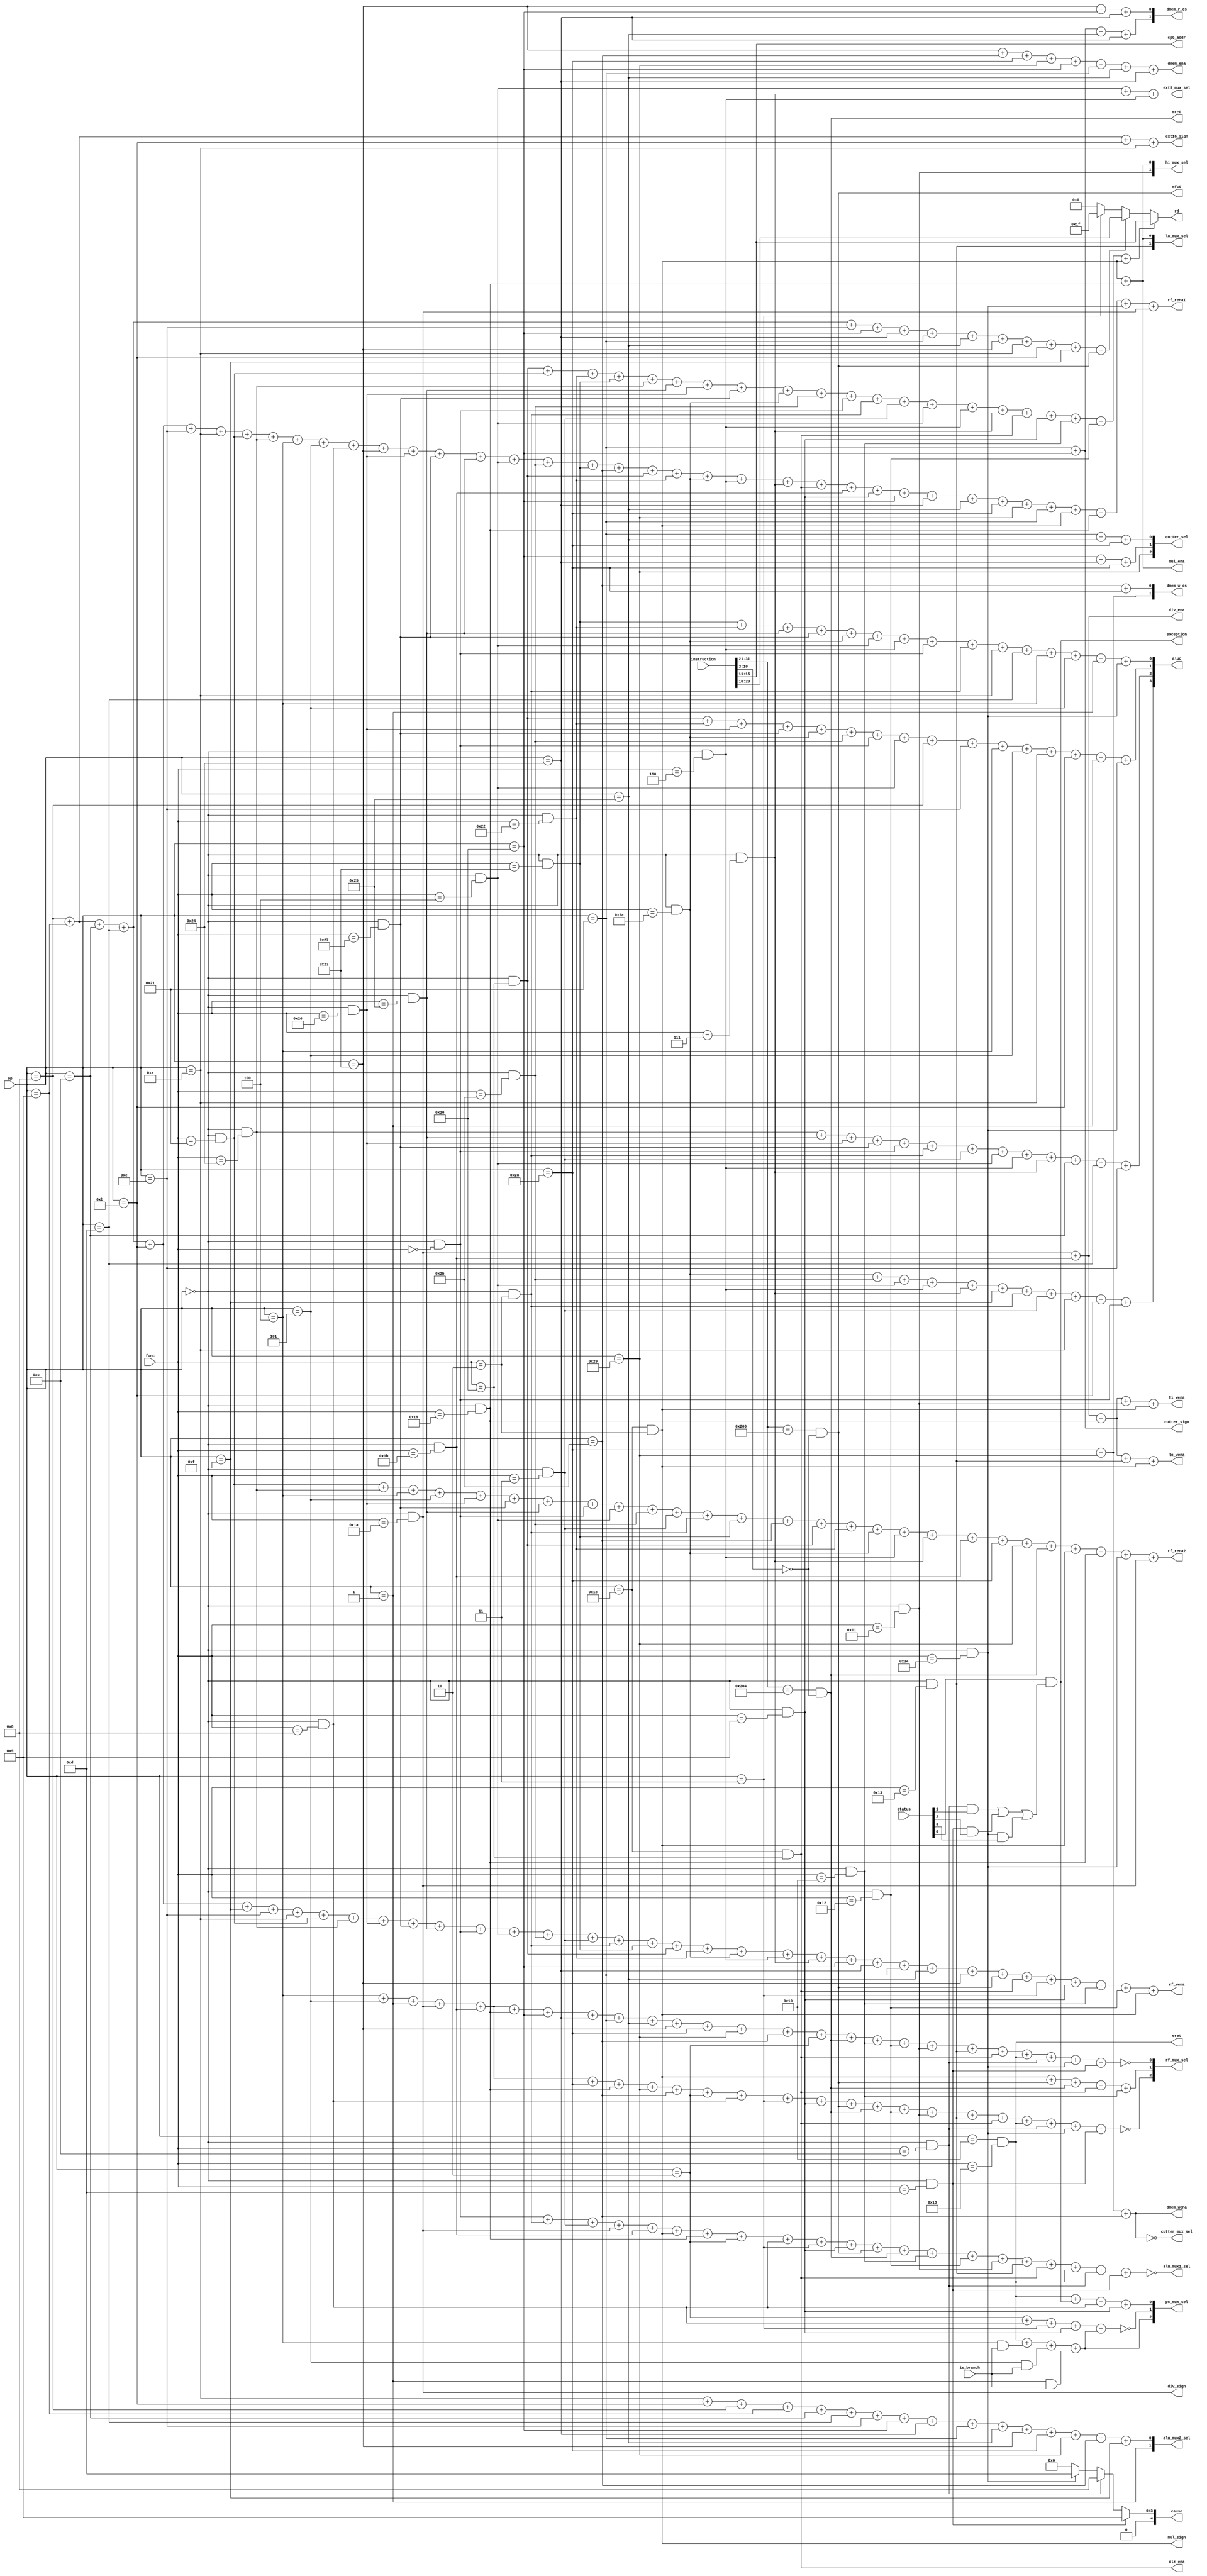
///////////////////////////////////////////////////////////////////////////////
// Type: Module
// Project: MIPS Pipeline CPU 54 Instructions
// Description: Control unit in the cpu
//
///////////////////////////////////////////////////////////////////////////////
`timescale 1ns / 1ps

module control_unit(
    input is_branch,
    input [31:0] instruction,
    input [5:0] op,
    input [5:0] func,
    input [31:0] status,   
    output rf_wena,     
    output hi_wena,
    output lo_wena,
    output dmem_wena, 
    output rf_rena1,
    output rf_rena2,
    output clz_ena,
    output mul_ena,
    output div_ena,
    output dmem_ena,
    output [1:0] dmem_w_cs,
    output [1:0] dmem_r_cs,
    output ext16_sign,
    output cutter_sign,
    output mul_sign,
    output div_sign,
    output [3:0] aluc,
    output [4:0] rd,
    output mfc0,
    output mtc0,
    output eret,
    output exception,
    output [4:0] cp0_addr,
    output [4:0] cause,
    output ext5_mux_sel,
    output cutter_mux_sel,
    output alu_mux1_sel,       
    output [1:0] alu_mux2_sel,
    output [1:0] hi_mux_sel,
    output [1:0] lo_mux_sel,
    output [2:0] cutter_sel,
    output [2:0] rf_mux_sel,
    output [2:0] pc_mux_sel
    );

    wire Addi = (op == 6'b001000);
    wire Addiu = (op == 6'b001001);
    wire Andi = (op == 6'b001100);
    wire Ori = (op == 6'b001101);
    wire Sltiu = (op == 6'b001011);
    wire Lui = (op == 6'b001111);
    wire Xori = (op == 6'b001110);
    wire Slti = (op == 6'b001010);
    wire Addu = (op == 6'b000000 && func==6'b100001);
    wire And = (op == 6'b000000 && func == 6'b100100);
    wire Beq = (op == 6'b000100);
    wire Bne = (op == 6'b000101);
    wire J = (op == 6'b000010);
    wire Jal = (op == 6'b000011);
    wire Jr = (op == 6'b000000 && func == 6'b001000);
    wire Lw = (op == 6'b100011);
    wire Xor = (op == 6'b000000 && func == 6'b100110);
    wire Nor = (op == 6'b000000 && func == 6'b100111);
    wire Or = (op == 6'b000000 && func == 6'b100101);
    wire Sll = (op == 6'b000000 && func == 6'b000000);
    wire Sllv = (op == 6'b000000 && func == 6'b000100);
    wire Sltu = (op == 6'b000000 && func == 6'b101011);
    wire Sra = (op == 6'b000000 && func == 6'b000011);
    wire Srl = (op == 6'b000000 && func == 6'b000010);
    wire Subu = (op == 6'b000000 && func == 6'b100011);
    wire Sw = (op == 6'b101011);
    wire Add = (op == 6'b000000 && func == 6'b100000);
    wire Sub = (op == 6'b000000 && func == 6'b100010);
    wire Slt = (op == 6'b000000 && func == 6'b101010);
    wire Srlv = (op == 6'b000000 && func == 6'b000110);
    wire Srav = (op == 6'b000000 && func == 6'b000111);
    
    wire Clz = (op == 6'b011100 && func == 6'b100000);
    wire Divu = (op == 6'b000000 && func == 6'b011011);
    wire Eret = (op == 6'b010000 && func == 6'b011000);
    wire Jalr = (op == 6'b000000 && func == 6'b001001);
    wire Lb = (op == 6'b100000);
    wire Lbu = (op == 6'b100100);
    wire Lhu = (op == 6'b100101);
    wire Sb = (op == 6'b101000);
    wire Sh = (op == 6'b101001);
    wire Lh = (op == 6'b100001);
    wire Mfc0 = (instruction[31:21] == 11'b01000000000 && instruction[10:3]==8'b00000000);
    wire Mfhi = (op == 6'b000000 && func == 6'b010000);
    wire Mflo = (op == 6'b000000 && func == 6'b010010);
    wire Mtc0 = (instruction[31:21] == 11'b01000000100 && instruction[10:3]==8'b00000000);
    wire Mthi = (op == 6'b000000 && func == 6'b010001);
    wire Mtlo = (op == 6'b000000 && func == 6'b010011);
    wire Mul = (op == 6'b011100 && func == 6'b000010);
    wire Multu = (op == 6'b000000 && func == 6'b011001);
    wire Syscall = (op == 6'b000000 && func== 6'b001100);
    wire Teq = (op == 6'b000000 && func == 6'b110100);
    wire Bgez = (op == 6'b000001);
    wire Break = (op == 6'b000000 && func == 6'b001101);
    wire Div = (op == 6'b000000 && func == 6'b011010);

    assign rf_rena1 = Addi+Addiu+Andi+Ori+Sltiu+Xori+Slti+Addu+And+Beq+Bne+Jr+Lw+Xor+Nor+Or+Sllv+Sltu+Subu+Sw+Add+Sub+Slt+Srlv+Srav+Clz+Divu+Jalr+Lb+Lbu+Lhu+Sb+Sh+Lh+Mul+Multu+Teq+Div;
    assign rf_rena2 = Addu+And+Beq+Bne+Xor+Nor+Or+Sll+Sllv+Sltu+Sra+Srl+Subu+Sw+Add+Sub+Slt+Srlv+Srav+Divu+Sb+Sh+Mtc0+Mul+Multu+Teq+Div;

    assign hi_wena = Div+Divu+Multu+Mthi+Mul;
    assign lo_wena = Div+Divu+Multu+Mtlo+Mul;
    assign rf_wena = Addi+Addiu+Andi+Ori+Sltiu+Lui+Xori+Slti+Addu+And+Xor+Nor+Or+Sll+Sllv+Sltu+Sra+Srl+Subu+Add+Sub+Slt+Srlv+Srav+Lb+Lbu+Lh+Lhu+Lw+Mfc0+Clz+Jal+Jalr+Mfhi+Mflo+Mul;
    assign clz_ena = Clz;
    assign mul_ena = Mul+Multu;
    assign div_ena = Div+Divu;                                     

    assign dmem_wena = Sb+Sh+Sw;
    assign dmem_ena = Lw+Sw+Sb+Sh+Lb+Lh+Lhu+Lbu;
    assign dmem_w_cs[1] = Sh+Sb;
    assign dmem_w_cs[0] = Sw+Sb;
    assign dmem_r_cs[1] = Lh+Lb+Lhu+Lbu;
    assign dmem_r_cs[0] = Lw+Lb+Lbu;     

    assign cutter_sign = Lb+Lh;
    assign mul_sign = Mul;
    assign div_sign = Div;
    assign ext16_sign = Addi+Addiu+Sltiu+Slti;
    
    assign ext5_mux_sel = Sllv+Srav+Srlv;

    assign alu_mux1_sel = ~(Sll+Srl+Sra+Div+Divu+Mul+Multu+J+Jr+Jal+Jalr+Mfc0+Mtc0+Mfhi+Mflo+Mthi+Mtlo+Clz+Eret+Syscall+Break);
    assign alu_mux2_sel[1] = Bgez;
    assign alu_mux2_sel[0] = Slti+Sltiu+Addi+Addiu+Andi+Ori+Xori+Lb+Lbu+Lh+Lhu+Lw+Sb+Sh+Sw+Lui;

    assign aluc[3] = Slt+Sltu+Sllv+Srlv+Srav+Lui+Srl+Sra+Slti+Sltiu+Sll;
    assign aluc[2] = And+Or+Xor+Nor+Sll+Srl+Sra+Sllv+Srlv+Srav+Andi+Ori+Xori;
    assign aluc[1] = Add+Sub+Xor+Nor+Slt+Sltu+Sll+Sllv+Addi+Xori+Beq+Bne+Slti+Sltiu+Bgez+Teq;
    assign aluc[0] = Subu+Sub+Or+Nor+Slt+Sllv+Srlv+Sll+Srl+Slti+Ori+Beq+Bne+Bgez+Teq;
    
    assign cutter_mux_sel = ~(Sb+Sh+Sw);
    assign cutter_sel[2] = Sh;
    assign cutter_sel[1] = Lb+Lbu+Sb;
    assign cutter_sel[0] = Lh+Lhu+Sb;

    assign rf_mux_sel[2] = ~(Beq+Bne+Bgez+Div+Divu+Sb+Multu+Sh+Sw+J+Jr+Jal+Jalr+Mfc0+Mtc0+Mflo+Mthi+Mtlo+Clz+Eret+Syscall+Teq+Break);
    assign rf_mux_sel[1] = Mul+Mfc0+Mtc0+Clz+Mfhi;
    assign rf_mux_sel[0] = ~(Beq+Bne+Bgez+Div+Divu+Multu+Lb+Lbu+Lh+Lhu+Lw+Sb+Sh+Sw+J+Mtc0+Mfhi+Mflo+Mthi+Mtlo+Clz+Eret+Syscall+Teq+Break);
    
    assign pc_mux_sel[2] = Eret+(Beq&&is_branch)+(Bne&&is_branch)+(Bgez&&is_branch);
    assign pc_mux_sel[1] = ~(J+Jr+Jal+Jalr+pc_mux_sel[2]);
    assign pc_mux_sel[0] = Eret+exception+Jr+Jalr;

    assign hi_mux_sel[1] = Mthi;
    assign hi_mux_sel[0] = Mul+Multu;

    assign lo_mux_sel[1] = Mtlo;
    assign lo_mux_sel[0] = Mul+Multu;

    assign rd = (Add+Addu+Sub+Subu+And+Or+Xor+Nor+Slt+Sltu+Sll+Srl+Sra+Sllv+Srlv+Srav+Clz+Jalr+Mfhi+Mflo+Mul) ? 
                   instruction[15:11] : (( Addi+Addiu+Andi+Ori+Xori+Lb+Lbu+Lh+Lhu+Lw+Slti+Sltiu+Lui+Mfc0) ? 
                   instruction[20:16] : (Jal?5'd31:5'b0));

    assign mfc0 = Mfc0;
    assign mtc0 = Mtc0;
    assign cp0_addr = instruction[15:11];
    assign exception = status[0] && ((Syscall && status[1]) || (Break && status[2]) || (Teq && status[3]));
    assign eret = Eret;
    assign cause = Break ? 5'b01001 : (Syscall ? 5'b01000 : (Teq ? 5'b01101 : 5'b00000));

endmodule